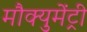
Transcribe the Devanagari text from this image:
मौक्युमेंट्री